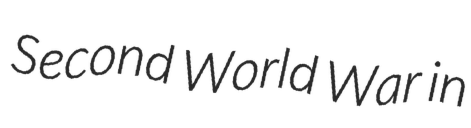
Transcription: Second World War in